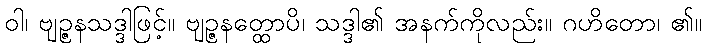
ဝါ၊ ဗျဉ္ဇနသဒ္ဒါဖြင့်။ ဗျဉ္ဇနတ္ထောပိ၊ သဒ္ဒါ၏ အနက်ကိုလည်း။ ဂဟိတော၊ ၏။